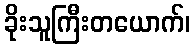
ခိုးသူကြီးတယောက်၊